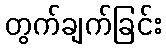
တွက်ချက်ခြင်း